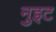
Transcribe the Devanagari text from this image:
नुइट